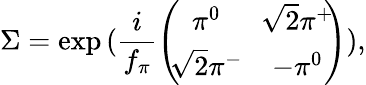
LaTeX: \Sigma=\exp\, (\frac{i}{f_{\pi}}\left(\! \! \begin{array}{cc}{{\pi^{0}\! }}&{{\! \sqrt 2\pi^{+}}}\\ {{\sqrt 2\pi^{-}\! }}&{{\! -\pi^{0}}}\end{array}\! \! \right)),